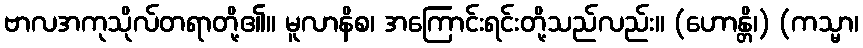
ဗာလအကုသိုလ်တရာတို့၏။ မူလာနိစ၊ အကြောင်းရင်းတို့သည်လည်း။ (ဟောန္တိ၊) (ကသ္မာ၊